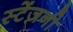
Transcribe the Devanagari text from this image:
स्टेंज़नी